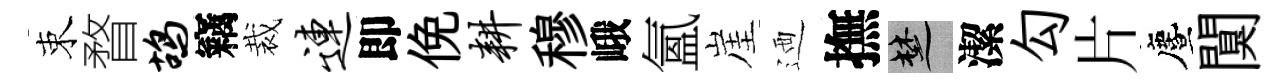
束瞀鸪竊裁连即俛耕穆峨氳崖迺撫楚潔勾片󵨌闃